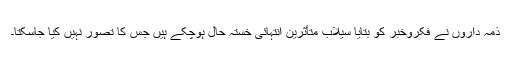
ذمہ داروں نے فکروخبر کو بتایا سیلاب متأثرین انتہائی خستہ حال ہوچکے ہیں جس کا تصور نہیں کیا جاسکتا۔